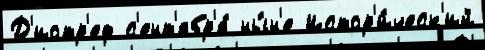
Д'иотр'еф с'ент'ябр'я́ ны́н'е Истор'и́ческ'ий